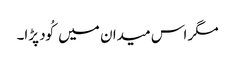
مگر اس میدان میں کُود پڑا۔